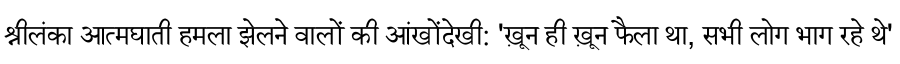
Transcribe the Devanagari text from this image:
श्रीलंका आत्मघाती हमला झेलने वालों की आंखोंदेखी: 'ख़ून ही ख़ून फैला था, सभी लोग भाग रहे थे'